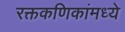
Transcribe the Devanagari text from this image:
रक्तकणिकांमध्ये